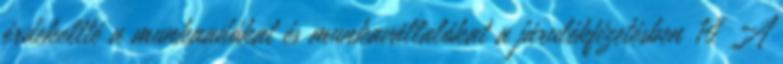
érdekeltté a munkaadókat és munkavállalókat a járulékfizetésben 14 A